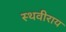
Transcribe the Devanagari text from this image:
स्थवीराय